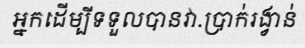
អ្នកដើម្បីទទួលបានវា.ប្រាក់រង្វាន់